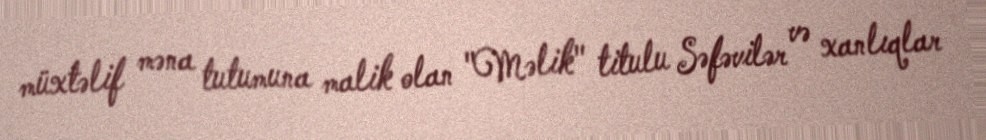
müxtəlif məna tutumuna malik olan "Məlik" titulu Səfəvilər və xanlıqlar